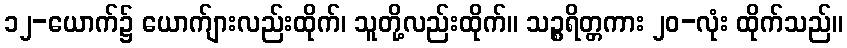
၁၂-ယောက်၌ ယောက်ျားလည်းထိုက်၊ သူတို့လည်းထိုက်။ သဉ္စရိတ္တကား ၂၀-လုံး ထိုက်သည်။